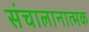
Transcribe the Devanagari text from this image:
संचालानात्मक